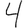
Digit: 4